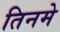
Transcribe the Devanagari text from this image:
तिनमे